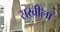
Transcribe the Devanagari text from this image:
सखीला